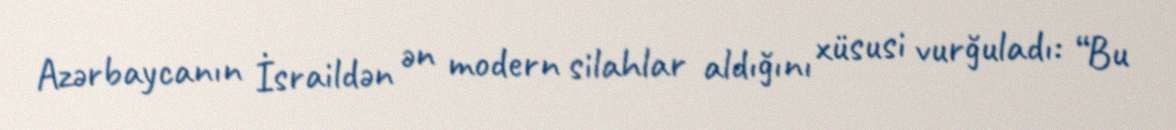
Azərbaycanın İsraildən ən modern silahlar aldığını xüsusi vurğuladı: “Bu